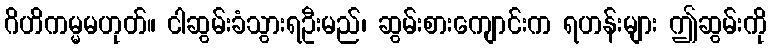
ဂိဟိကမ္မမဟုတ်။ ငါဆွမ်းခံသွားရဦးမည်၊ ဆွမ်းစားကျောင်းက ရဟန်းများ ဤဆွမ်းကို